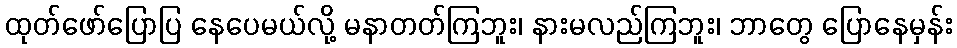
ထုတ်ဖော်ပြောပြ နေပေမယ်လို့ မနာတတ်ကြဘူး၊ နားမလည်ကြဘူး၊ ဘာတွေ ပြောနေမှန်း